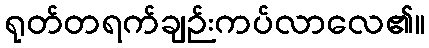
ရုတ်တရက်ချဉ်းကပ်လာလေ၏။